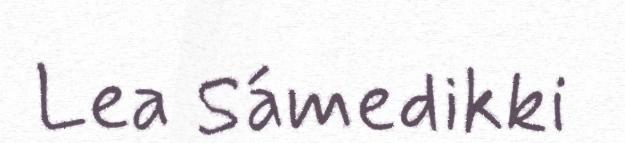
Lea Sámedikki